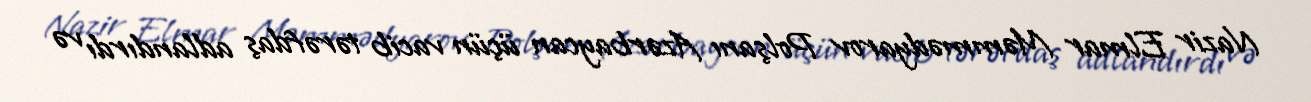
Nazir Elmar Məmmədyarov Polşanı Azərbaycan üçün vacib tərəfdaş adlandırdı və